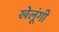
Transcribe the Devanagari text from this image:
खेलूंगी